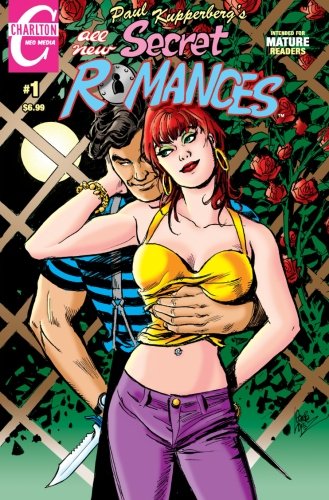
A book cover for Paul Kupperberg's Secret Romances #1: All New Intended for Mature Readers (Volume 1); Paul Kupperberg; Comics & Graphic Novels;